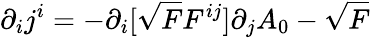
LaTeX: \partial_{i}j^{i}=-\partial_{i}[\sqrt{F}F^{ij}]\partial_{j}A_{0}-\sqrt{F}